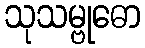
သုသမ္ဗုဓော